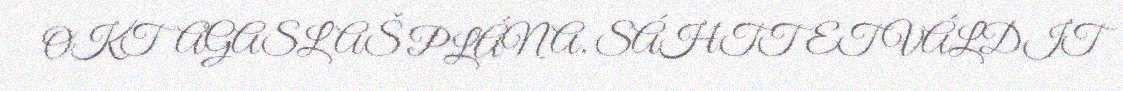
OKTAGASLAŠ PLÁNA, SÁHTTET VÁLDIT